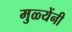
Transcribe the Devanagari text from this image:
मुळ्येंनी